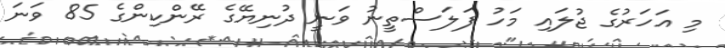
މި އަހަރުގެ ޖުލައި މަހު ފަލަސްތީނު ވަނީ ދުނިޔޭގެ ރޭންކިންގެ 85 ވަނަ